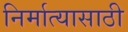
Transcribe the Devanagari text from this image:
निर्मात्यासाठी